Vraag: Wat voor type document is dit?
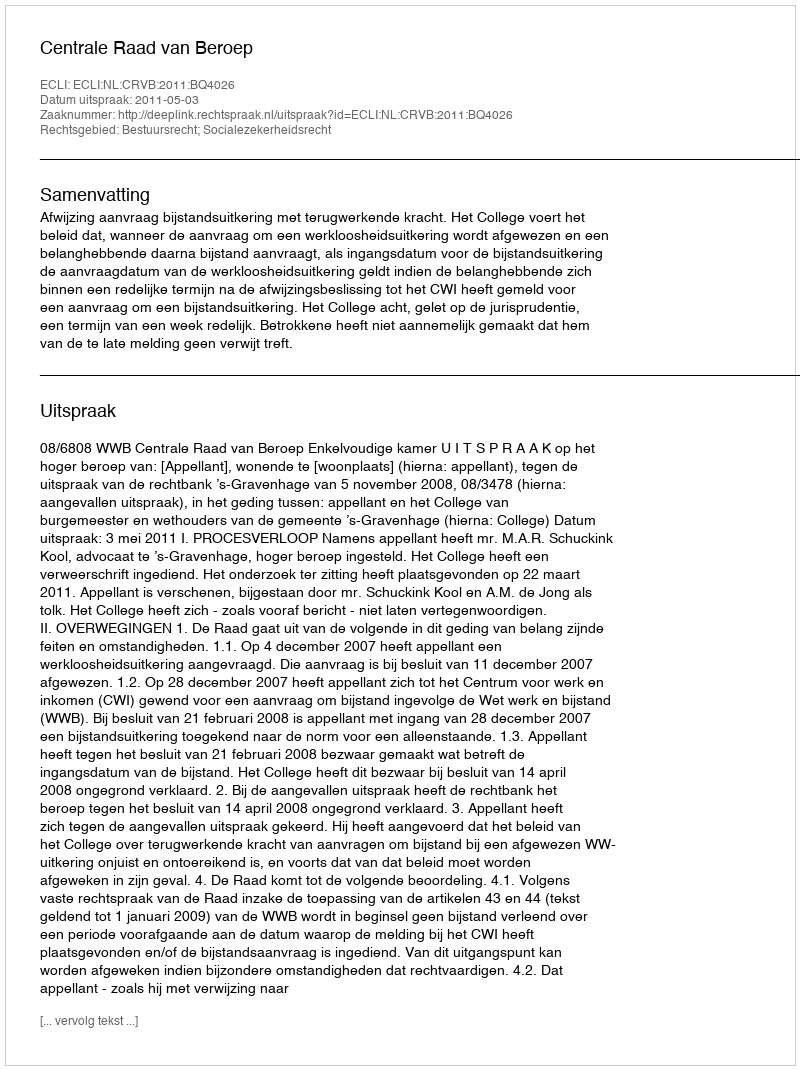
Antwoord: Uitspraak